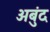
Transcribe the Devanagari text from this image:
अबुंद